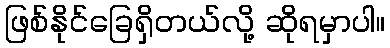
ဖြစ်နိုင်ခြေရှိတယ်လို့ ဆိုရမှာပါ။